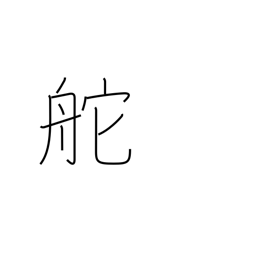
Meaning: wheel